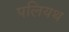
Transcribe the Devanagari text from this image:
पलियथ